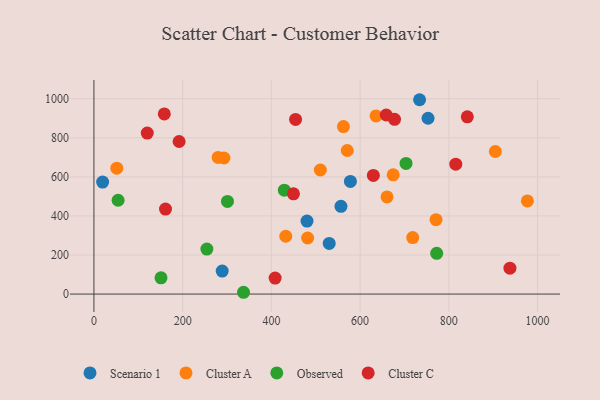
{"axis": {"x": "Experience", "y": "Salary"}, "legend": ["Cluster A", "Cluster C", "Observed", "Scenario 1"], "data": [{"x": "530.3", "y": 259.2, "type": "Scenario 1"}, {"x": "19.6", "y": 573.4, "type": "Scenario 1"}, {"x": "753.1", "y": 900.1, "type": "Scenario 1"}, {"x": "578.1", "y": 576.9, "type": "Scenario 1"}, {"x": "289.1", "y": 117.9, "type": "Scenario 1"}, {"x": "480.3", "y": 373.7, "type": "Scenario 1"}, {"x": "556.8", "y": 449.3, "type": "Scenario 1"}, {"x": "734.0", "y": 995.0, "type": "Scenario 1"}, {"x": "571.0", "y": 735.1, "type": "Cluster A"}, {"x": "280.0", "y": 699.4, "type": "Cluster A"}, {"x": "432.4", "y": 296.0, "type": "Cluster A"}, {"x": "718.5", "y": 289.3, "type": "Cluster A"}, {"x": "293.1", "y": 696.7, "type": "Cluster A"}, {"x": "481.7", "y": 287.1, "type": "Cluster A"}, {"x": "904.8", "y": 729.9, "type": "Cluster A"}, {"x": "635.9", "y": 912.3, "type": "Cluster A"}, {"x": "562.4", "y": 857.5, "type": "Cluster A"}, {"x": "660.7", "y": 497.3, "type": "Cluster A"}, {"x": "977.0", "y": 476.7, "type": "Cluster A"}, {"x": "51.5", "y": 644.5, "type": "Cluster A"}, {"x": "510.3", "y": 635.1, "type": "Cluster A"}, {"x": "771.1", "y": 380.9, "type": "Cluster A"}, {"x": "674.5", "y": 610.7, "type": "Cluster A"}, {"x": "429.2", "y": 532.0, "type": "Observed"}, {"x": "772.6", "y": 208.8, "type": "Observed"}, {"x": "254.6", "y": 230.6, "type": "Observed"}, {"x": "54.5", "y": 480.4, "type": "Observed"}, {"x": "703.5", "y": 669.1, "type": "Observed"}, {"x": "337.2", "y": 9.2, "type": "Observed"}, {"x": "151.2", "y": 83.4, "type": "Observed"}, {"x": "301.0", "y": 474.3, "type": "Observed"}, {"x": "629.8", "y": 607.4, "type": "Cluster C"}, {"x": "841.6", "y": 907.5, "type": "Cluster C"}, {"x": "454.5", "y": 893.9, "type": "Cluster C"}, {"x": "937.7", "y": 132.7, "type": "Cluster C"}, {"x": "120.2", "y": 824.2, "type": "Cluster C"}, {"x": "408.4", "y": 81.8, "type": "Cluster C"}, {"x": "192.0", "y": 781.0, "type": "Cluster C"}, {"x": "677.6", "y": 894.8, "type": "Cluster C"}, {"x": "815.6", "y": 665.2, "type": "Cluster C"}, {"x": "158.6", "y": 922.4, "type": "Cluster C"}, {"x": "658.9", "y": 916.8, "type": "Cluster C"}, {"x": "161.3", "y": 435.4, "type": "Cluster C"}, {"x": "449.7", "y": 513.3, "type": "Cluster C"}]}